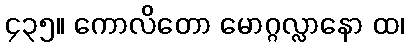
၄၃၅။ ကောလိတော မောဂ္ဂလ္လာနော ထ၊